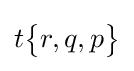
t{\begin{Bmatrix}r,q,p\end{Bmatrix}}